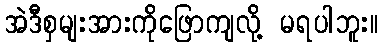
အဲဒီစှမျးအားကိုဖြောကျလို့ မရပါဘူး။